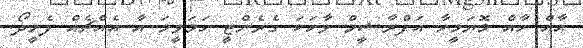
އާއް ހާއް މޮޔަމީހާ އަފްރާޝީމް ވާހަކަ ގެރެންޓީ ހަމަވީމަ އާ އެއްޗެއް ފެށީދޯ.